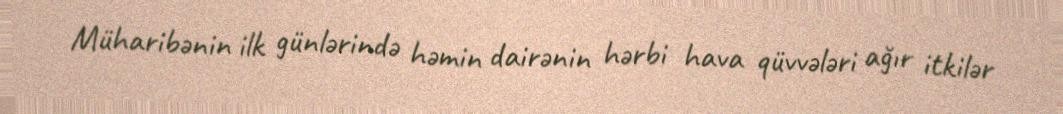
Müharibənin ilk günlərində həmin dairənin hərbi hava qüvvələri ağır itkilər